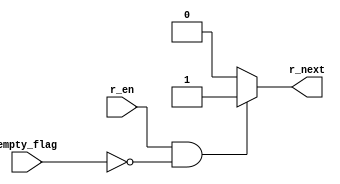
module next_read(r_en,empty_flag,r_next);
input r_en,empty_flag;
output r_next;
reg r_next;
always @(*)
		begin
		if(r_en&&!empty_flag)
		r_next = 1;
		else
		r_next = 0;
		end
endmodule